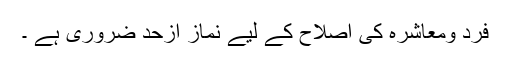
فرد ومعاشرہ کی اصلاح کے لیے نماز ازحد ضروری ہے ۔